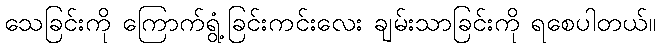
သေခြင်းကို ကြောက်ရွံ့ခြင်းကင်းလေး ချမ်းသာခြင်းကို ရစေပါတယ်။